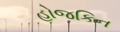
હોજકિન